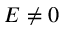
E \ne 0